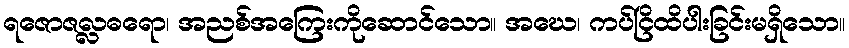
ရဇောဇလ္လဓရော၊ အညစ်အကြေးကိုဆောင်သော။ အဃေ၊ ကပ်ငြိထိပါးခြင်းမရှိသော။